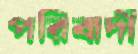
পরিবাদী